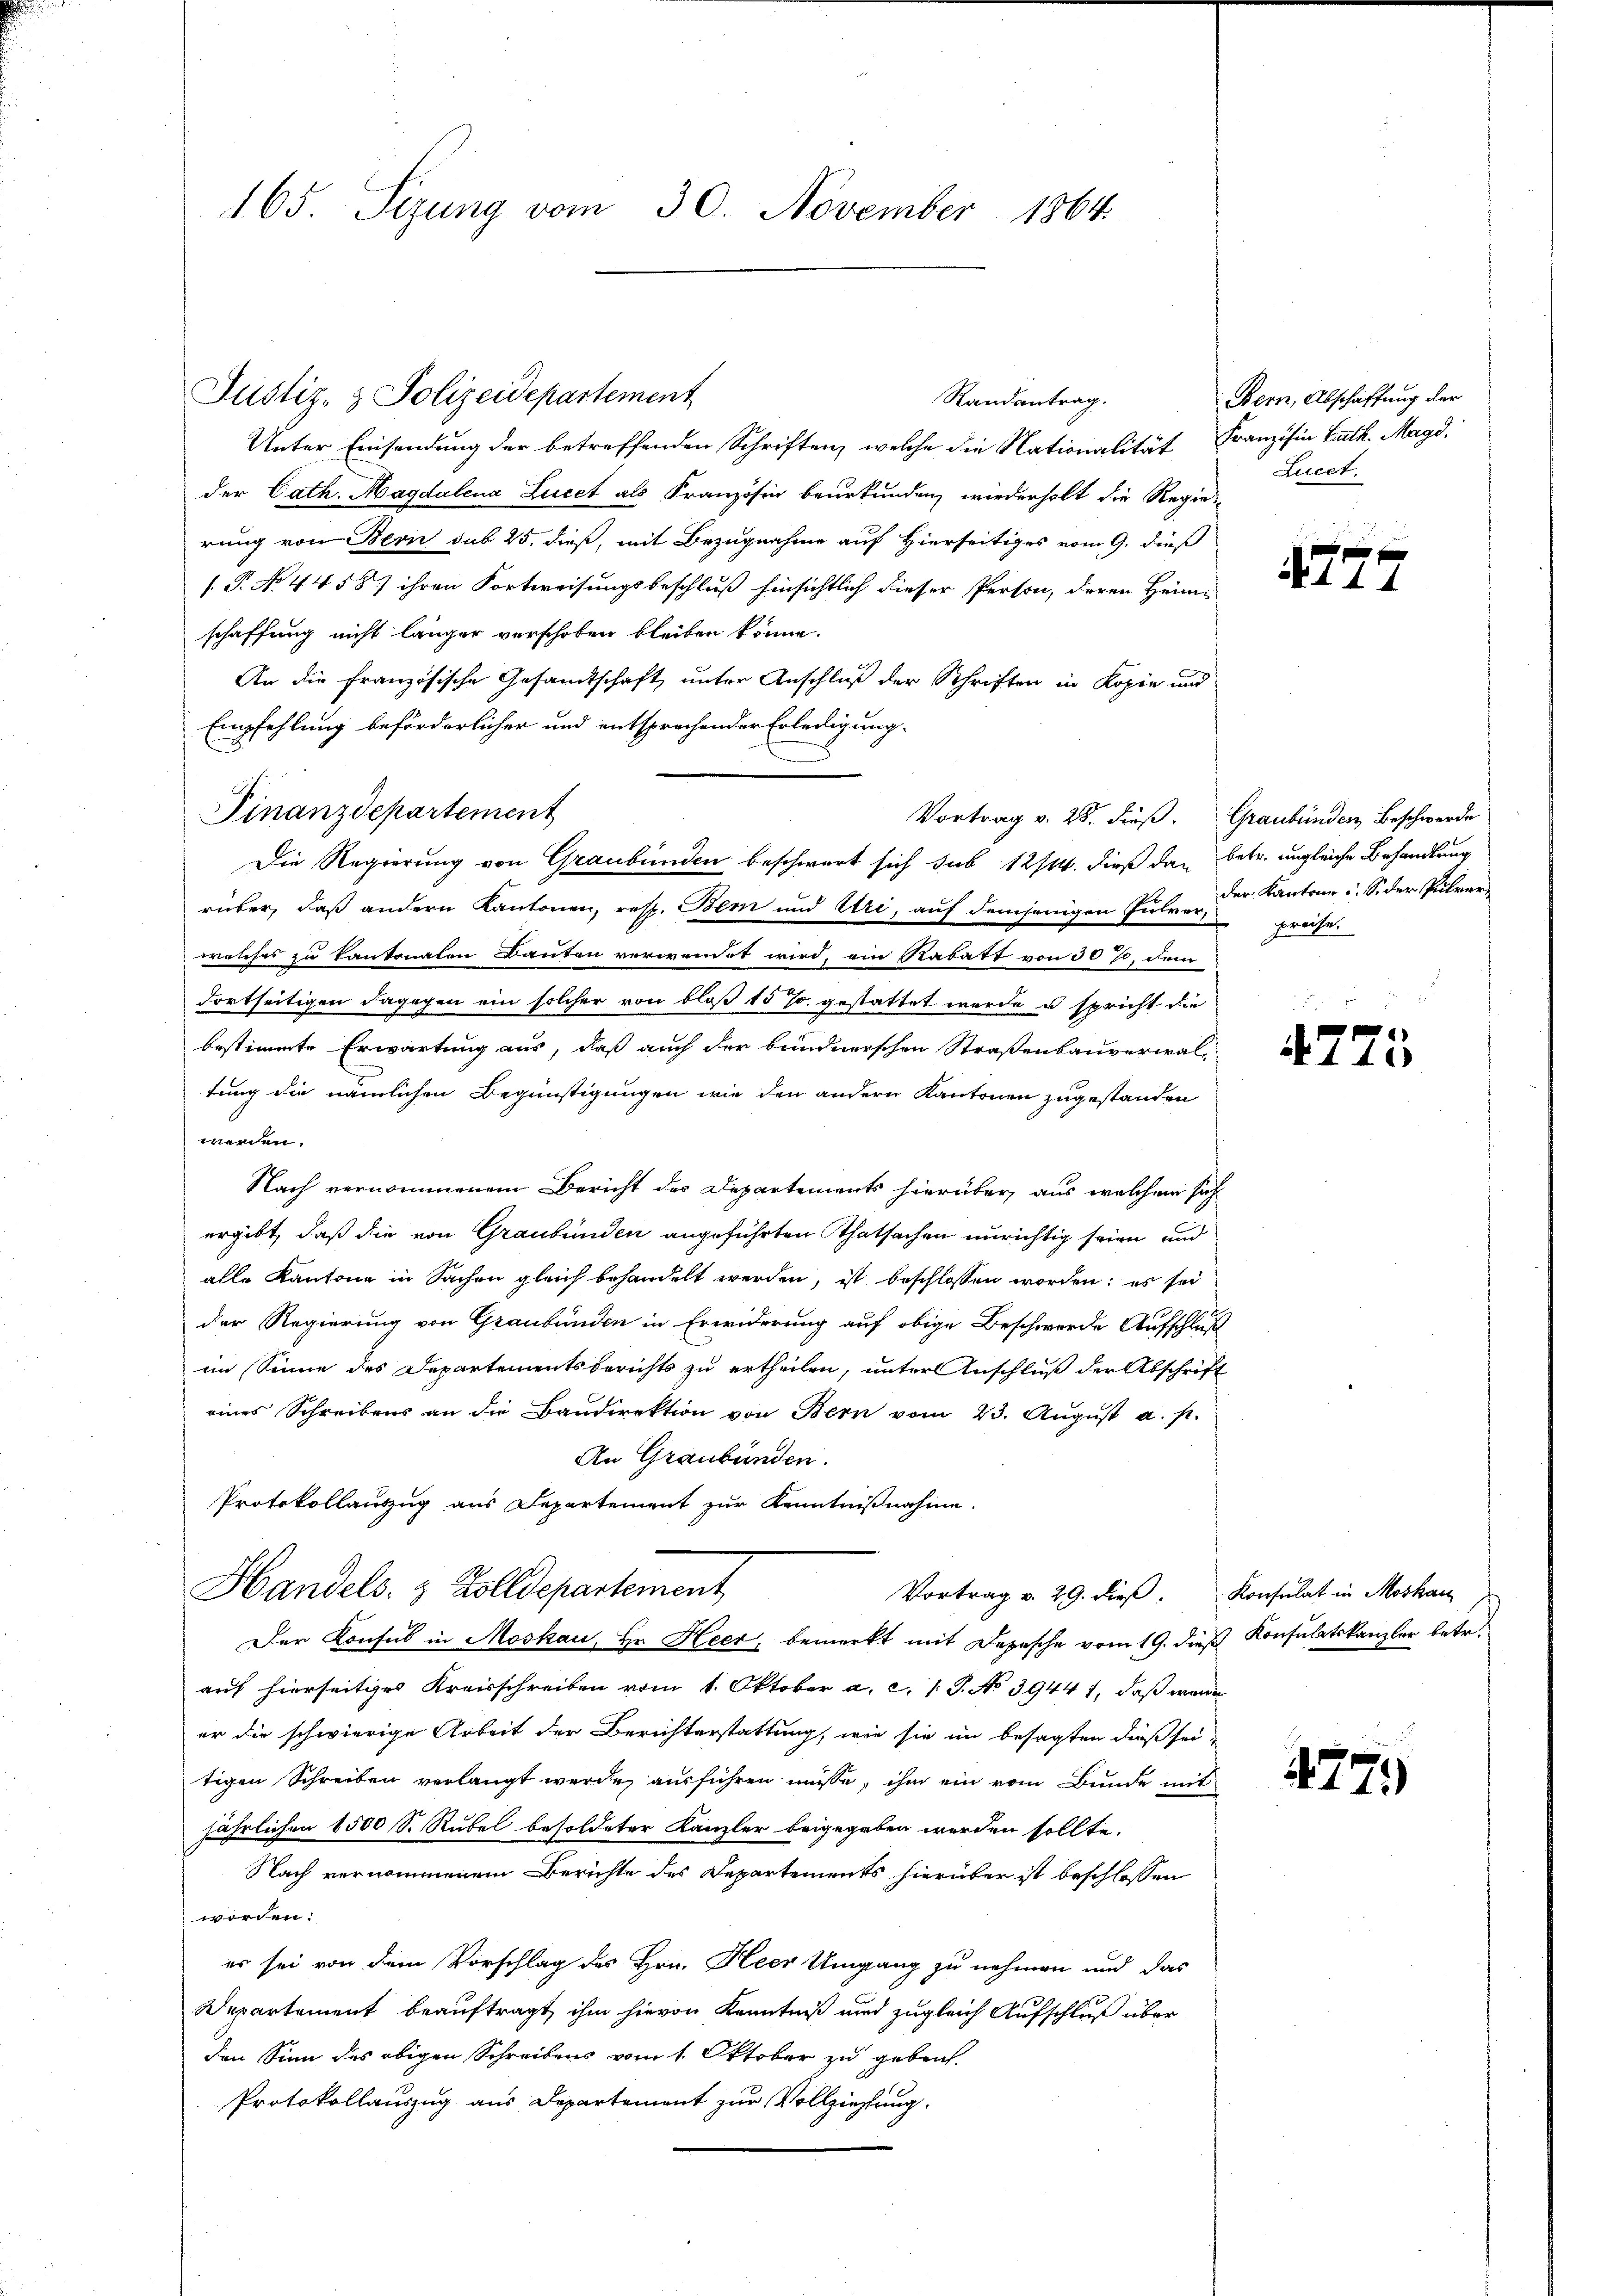
165. Sizung vom 30. November 1864.

Randantrag.
Unter Einsendung der betreffenden Schriften, welche die Nationalität Französin Barth. Magd.
der Cath. Magdalena Lucet als Französin beurkunden, wiederholt die Regier
rung von Bern sub 25. dieß, mit Bezugnahme auf Hierseitiges vom 9. daß
[ P. No 4458) ihren Fortweisungsbeschluß hinsichtlich dieser Person, deren Heim
schaffung nicht länger verschoben bleiben könne.
An die französische Gesandtschaft, unter Anschluß der Schriften in Kopie und
Empfehlung beförderlicher und entsprechender Erledigung.
Finanzdepartement
Vortrag v. 28. dieß. Graubünden, Beschwerde
Die Regierung von Graubünden beschwert sich sub 12/4. dieß dan betr. ungleiche Behandlung
rüber, daß andern Kantonen, resp. Bem und Uri, auf demjenigen Pule. Der Kantone u. Sider Pulverwelches zu kantonalen Bauten verwendet wird, ein Rabatt von 30%, dem
dortseitigen dagegen ein solcher von bloß 15 J. gestattet werde u spricht die
bestimmte Erwartung aus, daß auch der bundnerschen Straßenbauverwal-
tung die nämlichen Begünstigungen wie den andern Kantonen zugestanden
werden.
Nach vernommenem Bericht des Departements hierüber, aus welchem sich
ergibt, daß die von Graubünden angeführten Thatsachen unrichtig seien und
alle Kantone in Sachen gleich behandelt werden, ist beschlossen worden; es sei
der Regierung von Graubünden in Erwiderung auf obige Beschwerde Aufschluß
im Sinne des Departementsberichts zu ertheilen, unter Anschluß der Abschrift
eines Schreibens an die Bandirektion von Bern vom 23. Aŭgŭst a. p.
An Graubünden.
Protokollauszug aus Departement zur Kenntnißnahme
Handels- & Zolldepartement
Vortrag v. 29. dieß. Konsulat in Moskau
Der Konsul in Moskau, Hr. Heer, bemerkt mit Depesche vom 19. dieß Konsulatskanzler betr.
auf hierseitiges Kreisschreiben vom 1. Oktober a. c. (T. No 3944 1, daß weni
er die schwierige Arbeit der Berichterstattung, wie sie im besagten dieß sei
tigen Schreiben verlangt werde, ausführen müsse, ihm ein vom Bunde mit
jährlichen 1500 S. Rubel besoldeter Kanzler beigegeben werden sollte.
Nach vernommenem Berichte des Departements hierüber ist beschlossen
worden:
es sei von dem Vorschlag des Hrn. Heer Umgang zu nehmen und das
Departement beauftragt, ihm hievon Kenntniß und zugleich Aufschluß über
den Sinn des obigen Schreibens vom 1. Oktober zu geben.
Protokollauszug aus Departement zur Vollziehung

Justiz- & Polizeidepartement

Bern, Abschaffung der
Luect.

4777

preise.

4775

477.